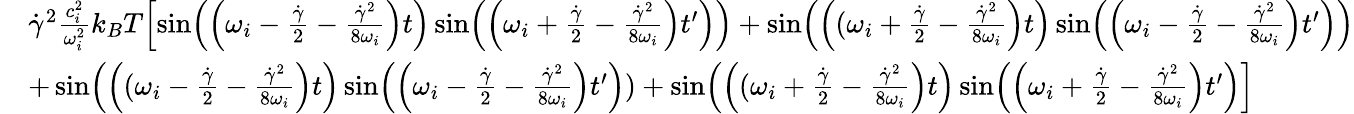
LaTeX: \begin{array}{rl}&{\dot{\gamma}^{2}\frac{c_{i}^{2}}{\omega_{i}^{2}}k_{B}T\Bigl[\sin\Bigl(\Bigl(\omega_{i}-\frac{\dot{\gamma}}{2}-\frac{\dot{\gamma}^{2}}{8\omega_{i}}\Bigr)t\Bigr)\sin\Bigl(\Bigl(\omega_{i}+\frac{\dot{\gamma}}{2}-\frac{\dot{\gamma}^{2}}{8\omega_{i}}\Bigr)t^{\prime}\Bigr)\Bigr)+\sin\Bigl(\Bigl((\omega_{i}+\frac{\dot{\gamma}}{2}-\frac{\dot{\gamma}^{2}}{8\omega_{i}}\Bigr)t\Bigr)\sin\Bigl(\Bigl(\omega_{i}-\frac{\dot{\gamma}}{2}-\frac{\dot{\gamma}^{2}}{8\omega_{i}}\Bigr)t^{\prime}\Bigr)\Bigr)}\\ &{+\sin\Bigl(\Bigl((\omega_{i}-\frac{\dot{\gamma}}{2}-\frac{\dot{\gamma}^{2}}{8\omega_{i}}\Bigr)t\Bigr)\sin\Bigl(\Bigl(\omega_{i}-\frac{\dot{\gamma}}{2}-\frac{\dot{\gamma}^{2}}{8\omega_{i}}\Bigr)t^{\prime}\Bigr))+\sin\Bigl(\Bigl((\omega_{i}+\frac{\dot{\gamma}}{2}-\frac{\dot{\gamma}^{2}}{8\omega_{i}}\Bigr)t\Bigr)\sin\Bigl(\Bigl(\omega_{i}+\frac{\dot{\gamma}}{2}-\frac{\dot{\gamma}^{2}}{8\omega_{i}}\Bigr)t^{\prime}\Bigr)\Bigr]}\end{array}